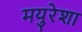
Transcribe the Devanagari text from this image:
मयुरेशा